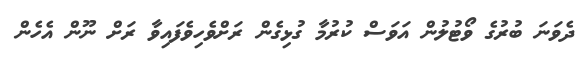
ދެވަނަ ބުރުގެ ވޯޓުލުން އަވަސް ކުރުމާ ގުޅިގެން ރަށްވެހިވެފައިވާ ރަށް ނޫން އެހެން